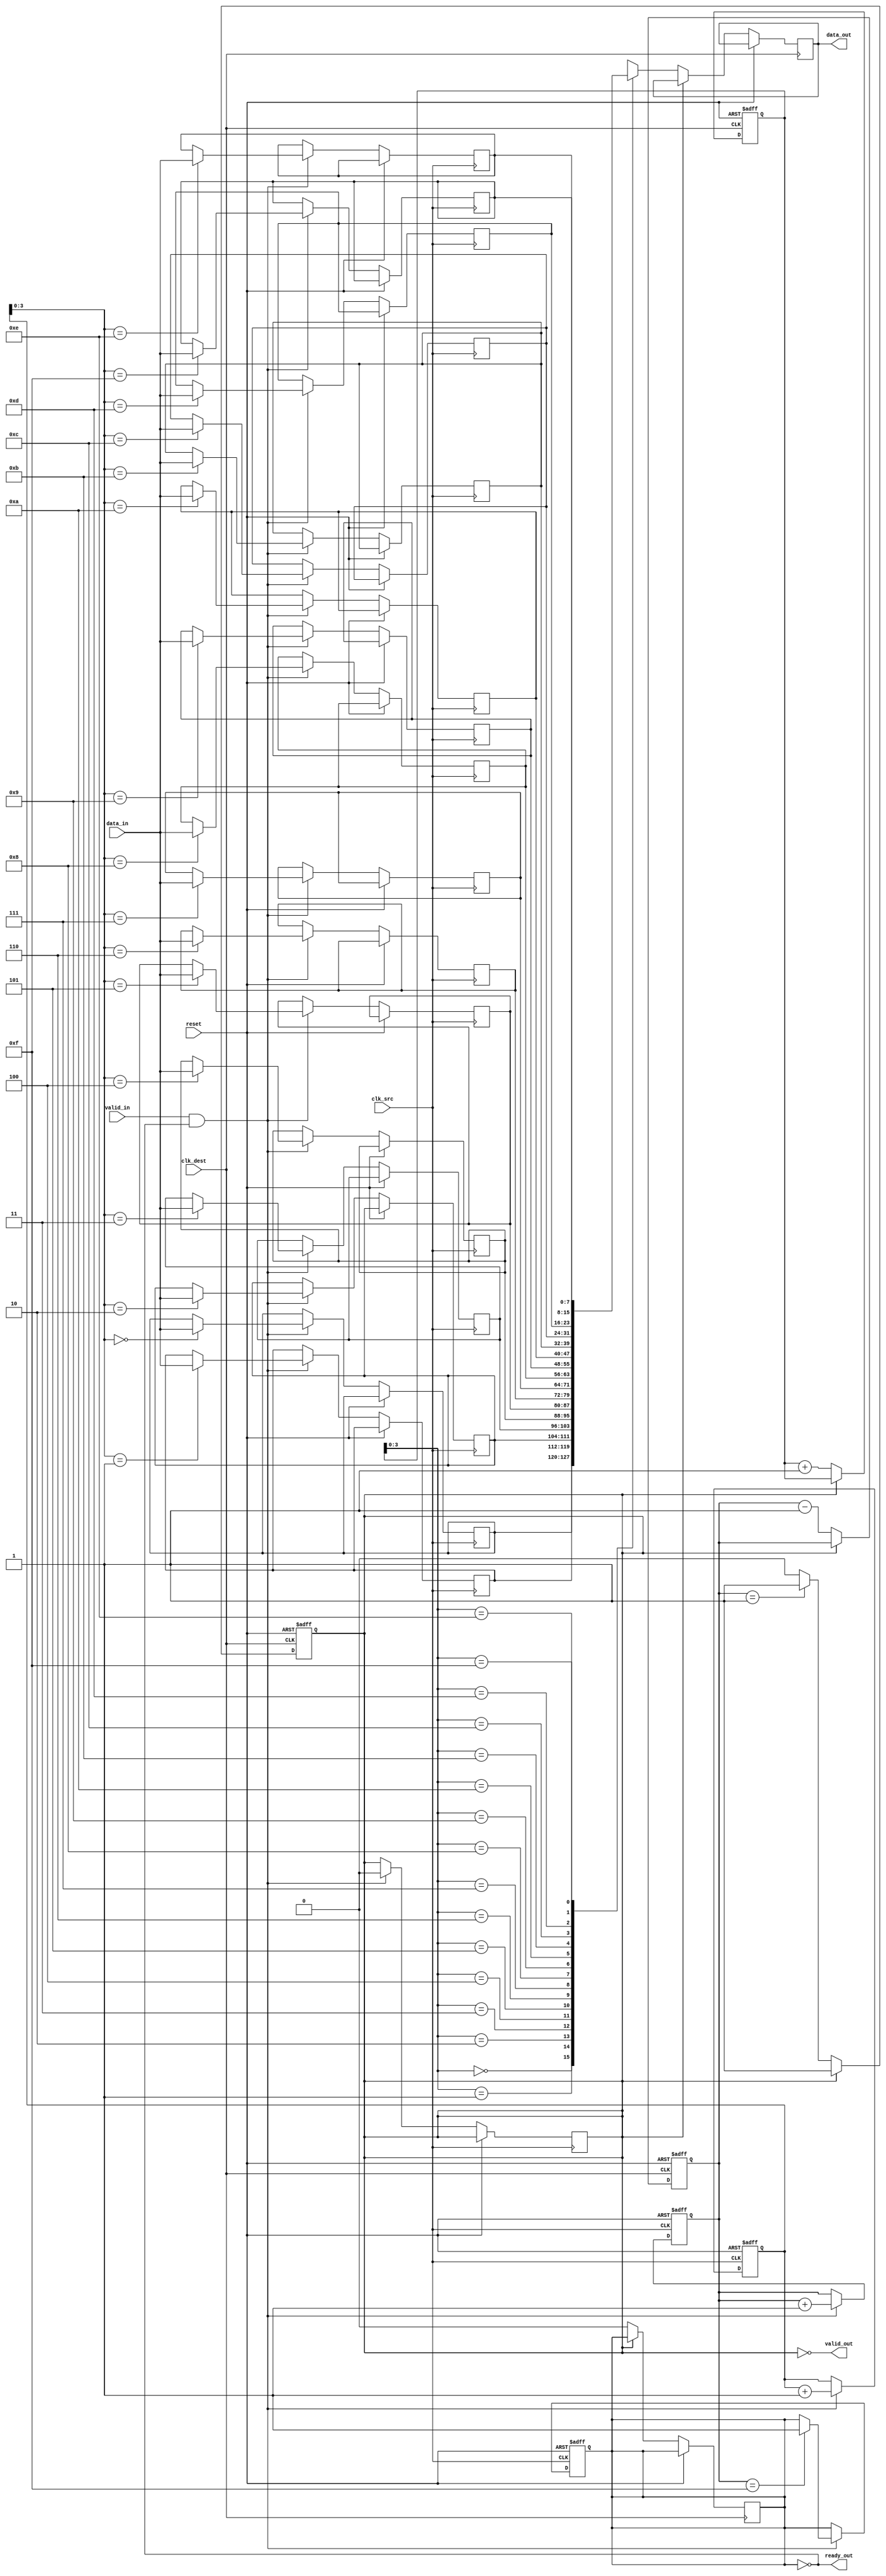
module burst_mode_synchronizer #(
    parameter DATA_WIDTH = 8,    // Width of the data
    parameter FIFO_DEPTH = 16     // Depth of the FIFO
)(
    input wire clk_src,           // Source clock
    input wire clk_dest,          // Destination clock
    input wire reset,             // Asynchronous reset
    input wire [DATA_WIDTH-1:0] data_in, // Data input from source clock domain
    input wire valid_in,          // Data valid signal from source clock domain
    output wire [DATA_WIDTH-1:0] data_out, // Data output to destination clock domain
    output wire valid_out,        // Data valid signal for destination clock domain
    output wire ready_out         // Ready signal for source clock domain
);

    // FIFO buffer implementation
    reg [DATA_WIDTH-1:0] fifo [0:FIFO_DEPTH-1];
    reg [4:0] write_ptr = 0;      // Write pointer
    reg [4:0] read_ptr = 0;       // Read pointer
    reg [4:0] count = 0;          // Number of elements in FIFO

    // Handshaking signals
    reg fifo_full = 0;
    reg fifo_empty = 1;

    // Write operation in source clock domain
    always @(posedge clk_src or posedge reset) begin
        if (reset) begin
            write_ptr <= 0;
            count <= 0;
            fifo_full <= 0;
        end else if (valid_in && !fifo_full) begin
            fifo[write_ptr] <= data_in;
            write_ptr <= write_ptr + 1;
            count <= count + 1;
            if (count == FIFO_DEPTH - 1)
                fifo_full <= 1;
            fifo_empty <= 0;
        end
    end

    // Read operation in destination clock domain
    always @(posedge clk_dest or posedge reset) begin
        if (reset) begin
            read_ptr <= 0;
            count <= 0;
            fifo_empty <= 1;
        end else if (!fifo_empty) begin
            data_out <= fifo[read_ptr];
            read_ptr <= read_ptr + 1;
            count <= count - 1;
            if (count == 1)
                fifo_empty <= 1;
            fifo_full <= 0;
        end
    end

    // Valid and ready signals
    assign valid_out = !fifo_empty;
    assign ready_out = !fifo_full;

endmodule